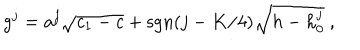
LaTeX: g ^ { j } = a ^ { j } \sqrt { c _ { 1 } - c } + \mathrm { s g n } ( j - K / 4 ) \sqrt { h - h _ { 0 } ^ { j } } { } ~ ,